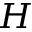
H